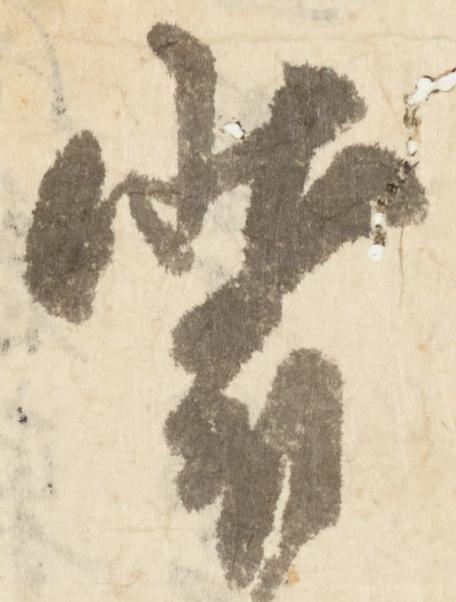
装